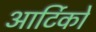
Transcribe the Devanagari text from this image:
आर्टिको